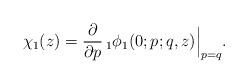
LaTeX: \begin{align*}\chi_{1}(z)=\frac{\partial}{\partial p}\,{}_{1}\phi_{1}(0;p;q,z)\Big|_{p=q}.\end{align*}